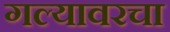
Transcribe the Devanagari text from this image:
गल्यावरचा